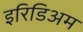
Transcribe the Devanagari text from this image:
इरिडिअम